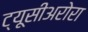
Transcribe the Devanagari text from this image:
ट्यूसीअरोरा